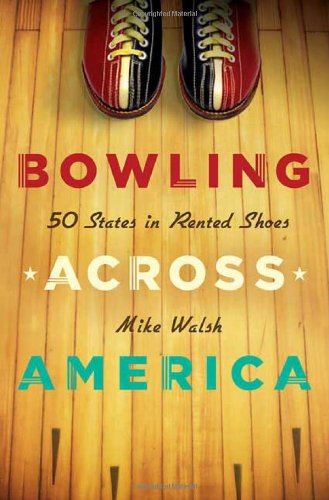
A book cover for Bowling Across America: 50 States in Rented Shoes; Mike Walsh; Sports & Outdoors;